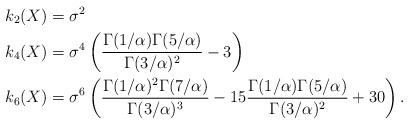
LaTeX: \begin{align*}k_2(X)&=\sigma^2\\k_4(X)&=\sigma^4\left(\frac{\Gamma(1/\alpha)\Gamma(5/\alpha)}{\Gamma(3/\alpha)^2}-3\right)\\k_6(X)&=\sigma^6\left(\frac{\Gamma(1/\alpha)^2\Gamma(7/\alpha)}{\Gamma(3/\alpha)^3}-15\frac{\Gamma(1/\alpha)\Gamma(5/\alpha)}{\Gamma(3/\alpha)^2}+30\right).\end{align*}